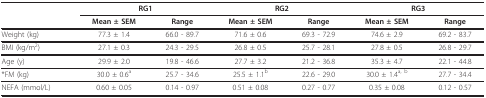
<table><thead><tr><td></td><td colspan="2"><b>RG1</b></td><td colspan="2"><b>RG2</b></td><td colspan="2"><b>RG3</b></td></tr><tr><td></td><td><b>Mean ± SEM</b></td><td><b>Range</b></td><td><b>Mean ± SEM</b></td><td><b>Range</b></td><td><b>Mean ± SEM</b></td><td><b>Range</b></td></tr></thead><tbody><tr><td>Weight (kg)</td><td>77.3 ± 1.4</td><td>66.0 - 89.7</td><td>71.6 ± 0.6</td><td>69.3 - 72.9</td><td>74.6 ± 2.9</td><td>69.2 - 83.7</td></tr><tr><td>BMI (kg/m<sup>2</sup>)</td><td>27.1 ± 0.3</td><td>24.3 - 29.5</td><td>26.8 ± 0.5</td><td>25.7 - 28.1</td><td>27.8 ± 0.5</td><td>26.8 - 29.7</td></tr><tr><td>Age (y)</td><td>29.9 ± 2.0</td><td>19.8 - 46.6</td><td>27.7 ± 3.2</td><td>21.2 - 36.8</td><td>35.3 ± 4.7</td><td>22.1 - 44.8</td></tr><tr><td>*FM (kg)</td><td>30.0 ± 0.6<sup>a</sup></td><td>25.7 - 34.6</td><td>25.5 ± 1.1<sup>b</sup></td><td>22.6 - 29.0</td><td>30.0 ± 1.4<sup>a, b</sup></td><td>27.7 - 34.4</td></tr><tr><td>NEFA (mmol/L)</td><td>0.60 ± 0.05</td><td>0.14 - 0.97</td><td>0.51 ± 0.08</td><td>0.27 - 0.77</td><td>0.35 ± 0.08</td><td>0.12 - 0.57</td></tr></tbody></table>